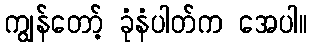
ကျွန်တော့် ခုံနံပါတ်က အေပါ။